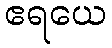
ဧရယေ